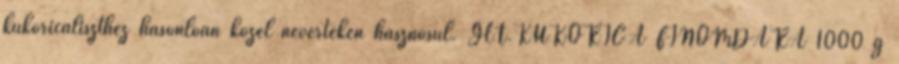
kukoricaliszthez hasonlóan közel névértéken hasznosul. GLT.KUKORICA FINOMDARA 1000 g